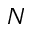
N